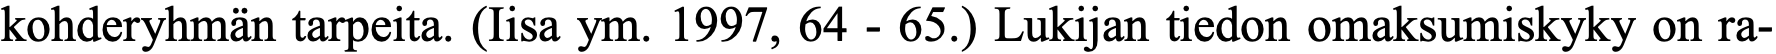
kohderyhmän tarpeita. (Iisa ym. 1997, 64 - 65.) Lukijan tiedon omaksumiskyky on ra-